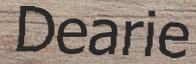
Dearie